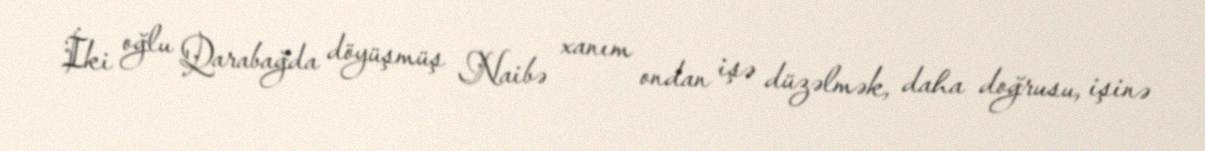
İki oğlu Qarabağda döyüşmüş Naibə xanım ondan işə düzəlmək, daha doğrusu, işinə